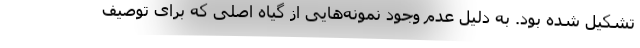
تشکیل شده بود. به دلیل عدم وجود نمونه‌هایی از گیاه اصلی که برای توصیف